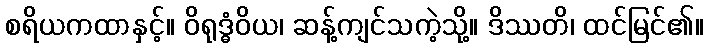
စရိယကထာနှင့်။ ဝိရုဒ္ဓံဝိယ၊ ဆန့်ကျင်သကဲ့သို့။ ဒိဿတိ၊ ထင်မြင်၏။